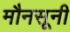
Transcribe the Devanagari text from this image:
मौनसूनी